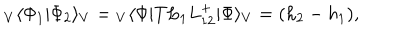
{ } _ { V } \langle \Phi _ { 1 } | \Phi _ { 2 } \rangle _ { V } = { } _ { V } \langle \Phi | T L _ { 1 } L _ { 1 2 } ^ { + } | \Phi \rangle _ { V } = ( h _ { 2 } - h _ { 1 } ) ,